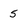
Character: 5